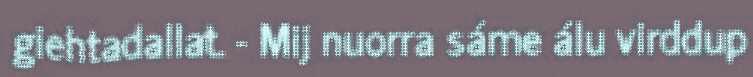
giehtadallat. - Mij nuorra sáme álu virddup